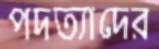
পদত্যাদের